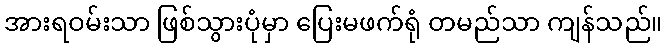
အားရဝမ်းသာ ဖြစ်သွားပုံမှာ ပြေးမဖက်ရုံ တမည်သာ ကျန်သည်။